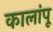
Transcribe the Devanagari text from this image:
कालांपू